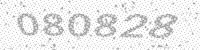
Solution: 080828